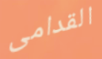
القدامى